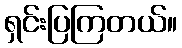
ရှင်းပြကြတယ်။